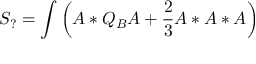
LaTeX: S _ { ? } = \int \left( A * Q _ { B } A + \frac { 2 } { 3 } A * A * A \right)